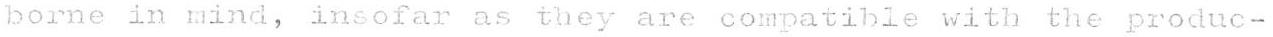
borne in mind, insofar as they are compatible with the produc-